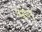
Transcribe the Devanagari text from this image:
भ़ंग